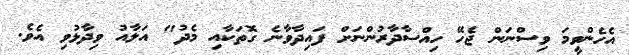
އެހެންވީމަ ވިސްނަން ޖެހޭ ހިއްސާދާރުންނަށް ފައިދާވާނެ ގޮތަކާއި މެދު" އަލާއު ވިދާޅުވި އެވެ.